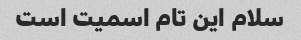
سلام این تام اسمیت است